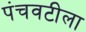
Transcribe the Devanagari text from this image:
पंचवटीला